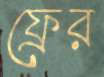
ফ্রের